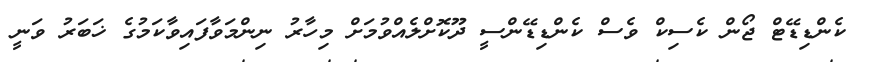
ކެންޑިޑޭޓް ޖޯން ކެސިކް ވެސް ކެންޑިޑޭންސީ ދޫކޮށްލެއްވުމަށް މިހާރު ނިންމަވާފައިވާކަމުގެ ޚަބަރު ވަނީ